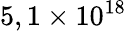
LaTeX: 5,1\times 10^{18}